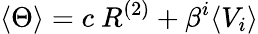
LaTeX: \langle\Theta\rangle=c~R^{(2)}+\beta^{i}\langle V_{i}\rangle